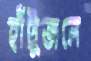
হাঁটুজলে